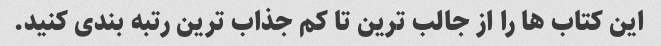
این کتاب ها را از جالب ترین تا کم جذاب ترین رتبه بندی کنید.